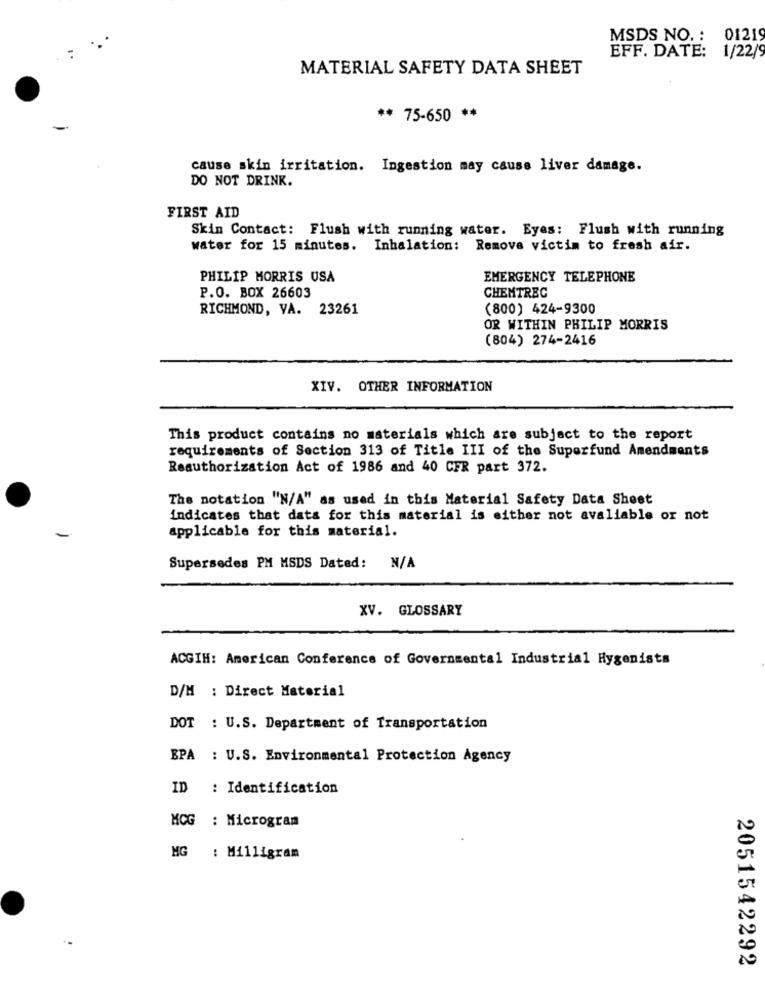
MSDS NO. : 01219
EFF. DATE: 1/22/9
MATERIAL SAFETY DATA SHEET
** 75-650 **
cause skin irritation. Ingestion may cause liver damage.
DO NOT DRINK.
FIRST AID
Skin Contact: Flush with running water. Eyes: Flush with running
water for 15 minutes. Inhalation: Remove victim to fresh air.
PHILIP MORRIS USA
EMERGENCY TELEPHONE
P.O. BOX 26603
CHEMTREC
RICHMOND, VA. 23261
(800) 424-9300
OR WITHIN PHILIP MORRIS
(804) 274-2416
XIV. OTHER INFORMATION
This product contains no materials which are subject to the report
requirements of Section 313 of Title III of the Superfund Amendments
Reauthorization Act of 1986 and 40 CFR part 372.
The notation "N/A" as used in this Material Safety Data Sheet
indicates that data for this material is either not avaliable or not
applicable for this material.
Supersedes PM MSDS Dated:
XV. GLOSSARY
ACGIH: American Conference of Governmental Industrial Hygenists
D/M : Direct Material
DOT : U.S. Department of Transportation
EPA : U.S. Environmental Protection Agency
ID
: Identification
MCG : Microgram
MG : Milligram
2051542292